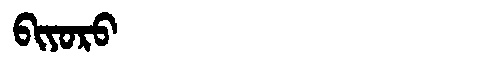
Manchu: ᠪᡳᠶᠣᡵᠣ
Romanization: BIYORO